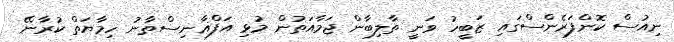
ނިއުސް ކޮންފަރެންސްގައި ޒަބީހު ވަނީ ތާލިބާން ޖަމާއަތުން މުޅި އަފްޣާނިސްތާނު ހިމާޔަތް ކުރާނޭ